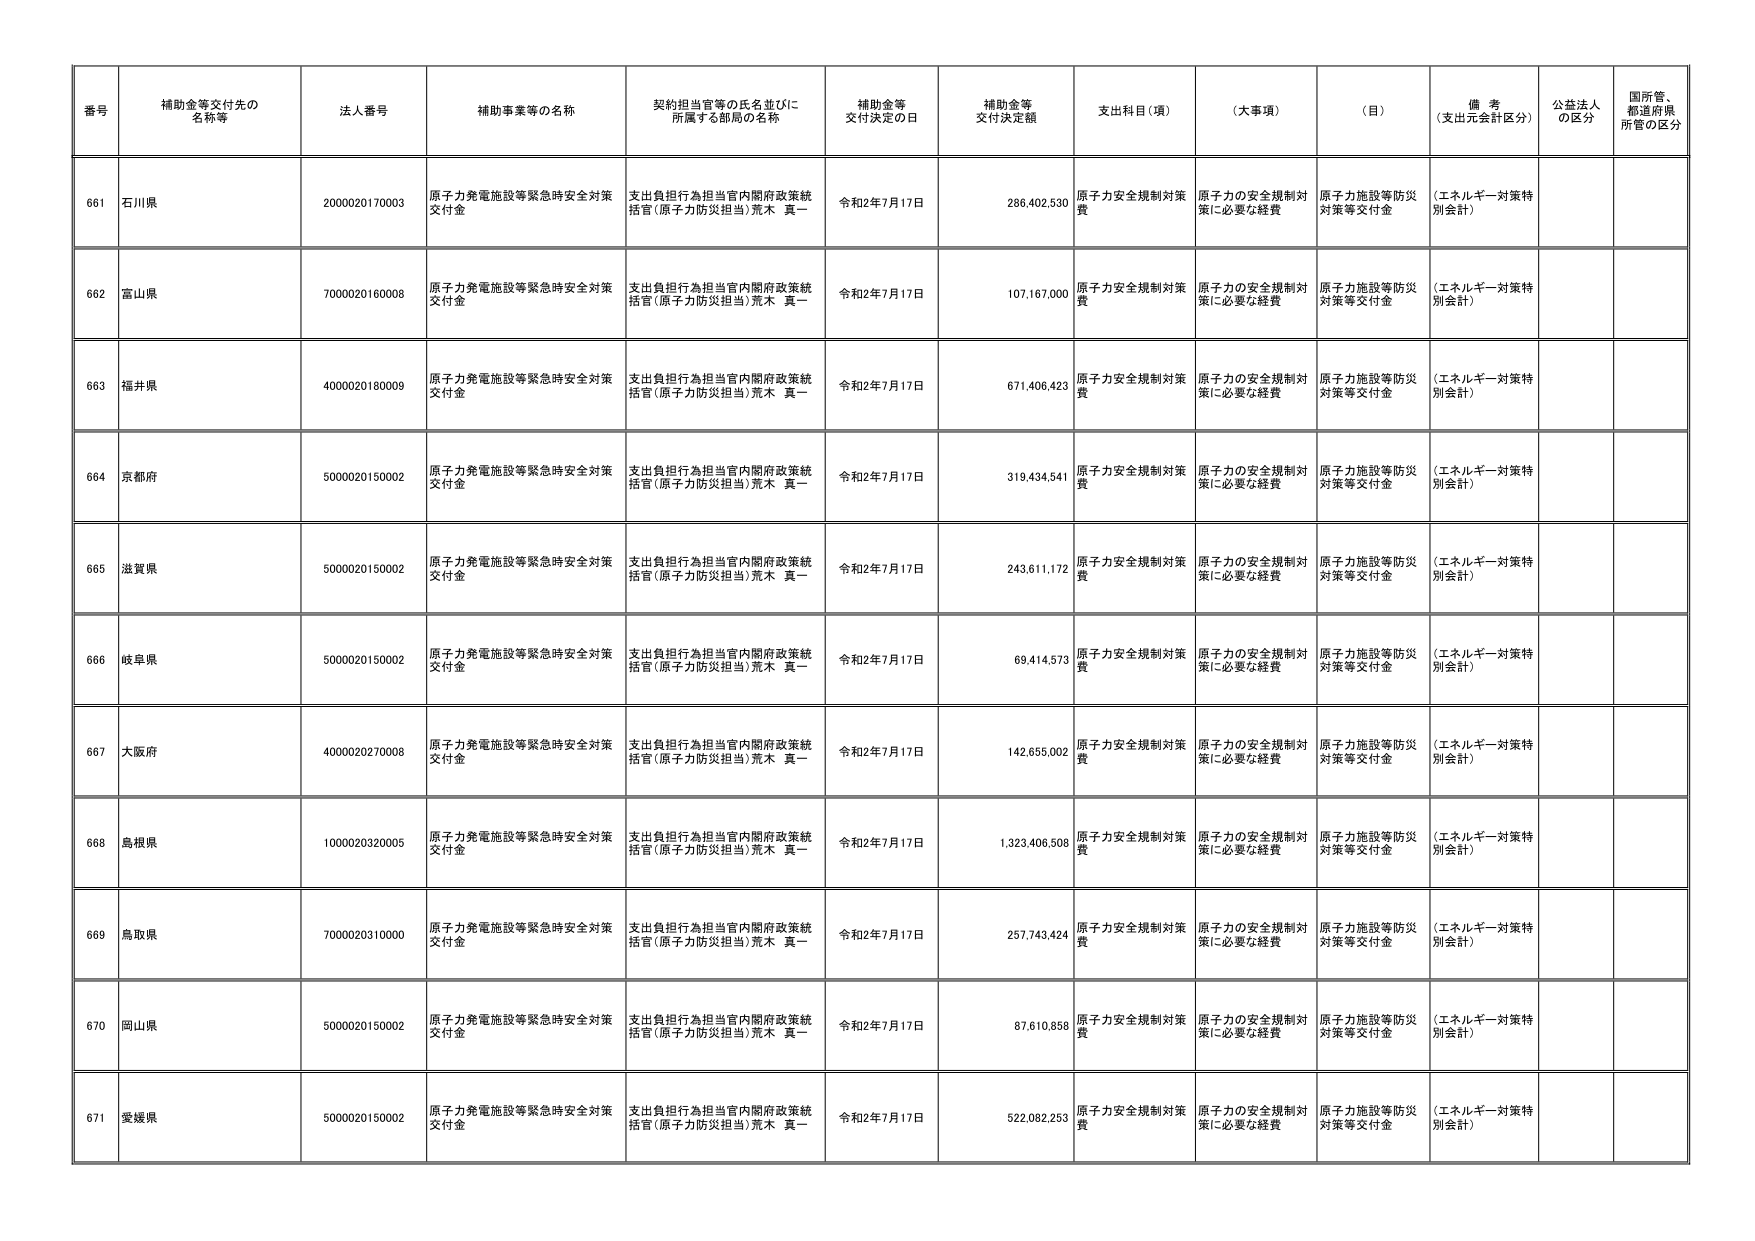
番号 補助金等交付先の名称等 法人番号 補助事業等の名称 契約担当官等の氏名並びに所属する部局の名称 補助金等交付決定の日 補助金等交付決定額 支出科目（項） （大事項） （目） 備考（支出元会計区分） 公益法人の区分 国所管、都道府県所管の区分
661 石川県 2000020170003 原子力発電施設等緊急時安全対策交付金 支出負担行為担当官内閣府政策統括官（原子力防災担当）荒木 真一 令和2年7月17日 286,402,530 原子力安全規制対策費 原子力の安全規制対策に必要な経費 原子力施設等防災対策等交付金 （エネルギー対策特別会計）
662 富山県 7000020160008 原子力発電施設等緊急時安全対策交付金 支出負担行為担当官内閣府政策統括官（原子力防災担当）荒木 真一 令和2年7月17日 107,167,000 原子力安全規制対策費 原子力の安全規制対策に必要な経費 原子力施設等防災対策等交付金 （エネルギー対策特別会計）
663 福井県 4000020180009 原子力発電施設等緊急時安全対策交付金 支出負担行為担当官内閣府政策統括官（原子力防災担当）荒木 真一 令和2年7月17日 671,406,423 原子力安全規制対策費 原子力の安全規制対策に必要な経費 原子力施設等防災対策等交付金 （エネルギー対策特別会計）
664 京都府 5000020150002 原子力発電施設等緊急時安全対策交付金 支出負担行為担当官内閣府政策統括官（原子力防災担当）荒木 真一 令和2年7月17日 319,434,541 原子力安全規制対策費 原子力の安全規制対策に必要な経費 原子力施設等防災対策等交付金 （エネルギー対策特別会計）
665 滋賀県 5000020150002 原子力発電施設等緊急時安全対策交付金 支出負担行為担当官内閣府政策統括官（原子力防災担当）荒木 真一 令和2年7月17日 243,611,172 原子力安全規制対策費 原子力の安全規制対策に必要な経費 原子力施設等防災対策等交付金 （エネルギー対策特別会計）
666 岐阜県 5000020150002 原子力発電施設等緊急時安全対策交付金 支出負担行為担当官内閣府政策統括官（原子力防災担当）荒木 真一 令和2年7月17日 69,414,573 原子力安全規制対策費 原子力の安全規制対策に必要な経費 原子力施設等防災対策等交付金 （エネルギー対策特別会計）
667 大阪府 4000020270008 原子力発電施設等緊急時安全対策交付金 支出負担行為担当官内閣府政策統括官（原子力防災担当）荒木 真一 令和2年7月17日 142,655,002 原子力安全規制対策費 原子力の安全規制対策に必要な経費 原子力施設等防災対策等交付金 （エネルギー対策特別会計）
668 島根県 1000020320005 原子力発電施設等緊急時安全対策交付金 支出負担行為担当官内閣府政策統括官（原子力防災担当）荒木 真一 令和2年7月17日 1,323,406,508 原子力安全規制対策費 原子力の安全規制対策に必要な経費 原子力施設等防災対策等交付金 （エネルギー対策特別会計）
669 鳥取県 7000020310000 原子力発電施設等緊急時安全対策交付金 支出負担行為担当官内閣府政策統括官（原子力防災担当）荒木 真一 令和2年7月17日 257,743,424 原子力安全規制対策費 原子力の安全規制対策に必要な経費 原子力施設等防災対策等交付金 （エネルギー対策特別会計）
670 岡山県 5000020150002 原子力発電施設等緊急時安全対策交付金 支出負担行為担当官内閣府政策統括官（原子力防災担当）荒木 真一 令和2年7月17日 87,610,858 原子力安全規制対策費 原子力の安全規制対策に必要な経費 原子力施設等防災対策等交付金 （エネルギー対策特別会計）
671 愛媛県 5000020150002 原子力発電施設等緊急時安全対策交付金 支出負担行為担当官内閣府政策統括官（原子力防災担当）荒木 真一 令和2年7月17日 522,082,253 原子力安全規制対策費 原子力の安全規制対策に必要な経費 原子力施設等防災対策等交付金 （エネルギー対策特別会計）